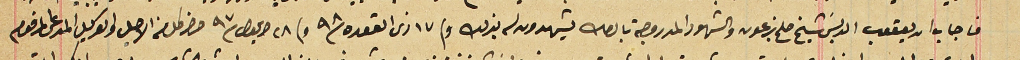
فاجاب ان يعقوب الدبسَ شيخ صلح بزعون والشهود المدروجة بالصك يشهدون له بذلك وفى ١٧ ذى القعده سنة ٩٨ وفى ٢٨ ايلول سنة ٩٧ حضر كل من الاصيل والوكيل المدعى المرقوم